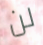
لن